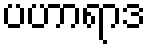
ပဟာရာဒ